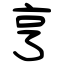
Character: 亨